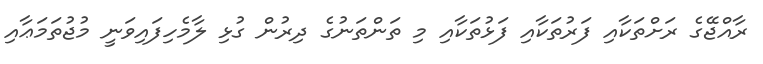
ރާއްޖޭގެ ރަށްތަކާއި ފަރުތަކާއި ފަޅުތަކާއި މި ތަންތަނުގެ ދިރުން ގުޅި ލާމެހިފައިވަނީ މުޖުތަމަޢާއި